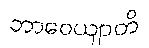
ဘာဝေယျာတိ